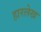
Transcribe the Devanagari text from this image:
हारलेख